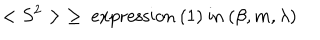
< S ^ { 2 } > \; \ge \mathrm { ~ e x p r e s s i o n ~ ( 1 ) ~ i n ~ } ( \beta , m , \lambda )